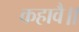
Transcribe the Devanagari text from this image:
कहावै॥